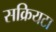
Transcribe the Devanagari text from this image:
सक्रियटा